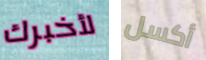
لأخبرك أكسل